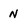
Character: N